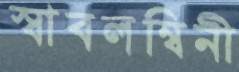
স্বাবলম্বিনী